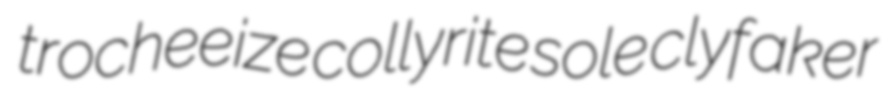
trocheeize collyrite sole clyfaker